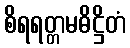
စိရရတ္တမဓိဋ္ဌိတံ